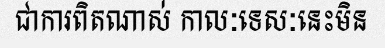
ជាការពិតណាស់ កាលៈទេសៈនេះមិន